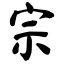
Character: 宗